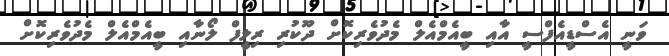
ވަނީ އެސްޑީއެފްސީ އާއި ބީއެމްއެލް މެދުވެރިކޮށް ދޫކުރި ރިލީފް ލޯނާއި ބީއެމްއެލް މެދުވެރިކޮށް